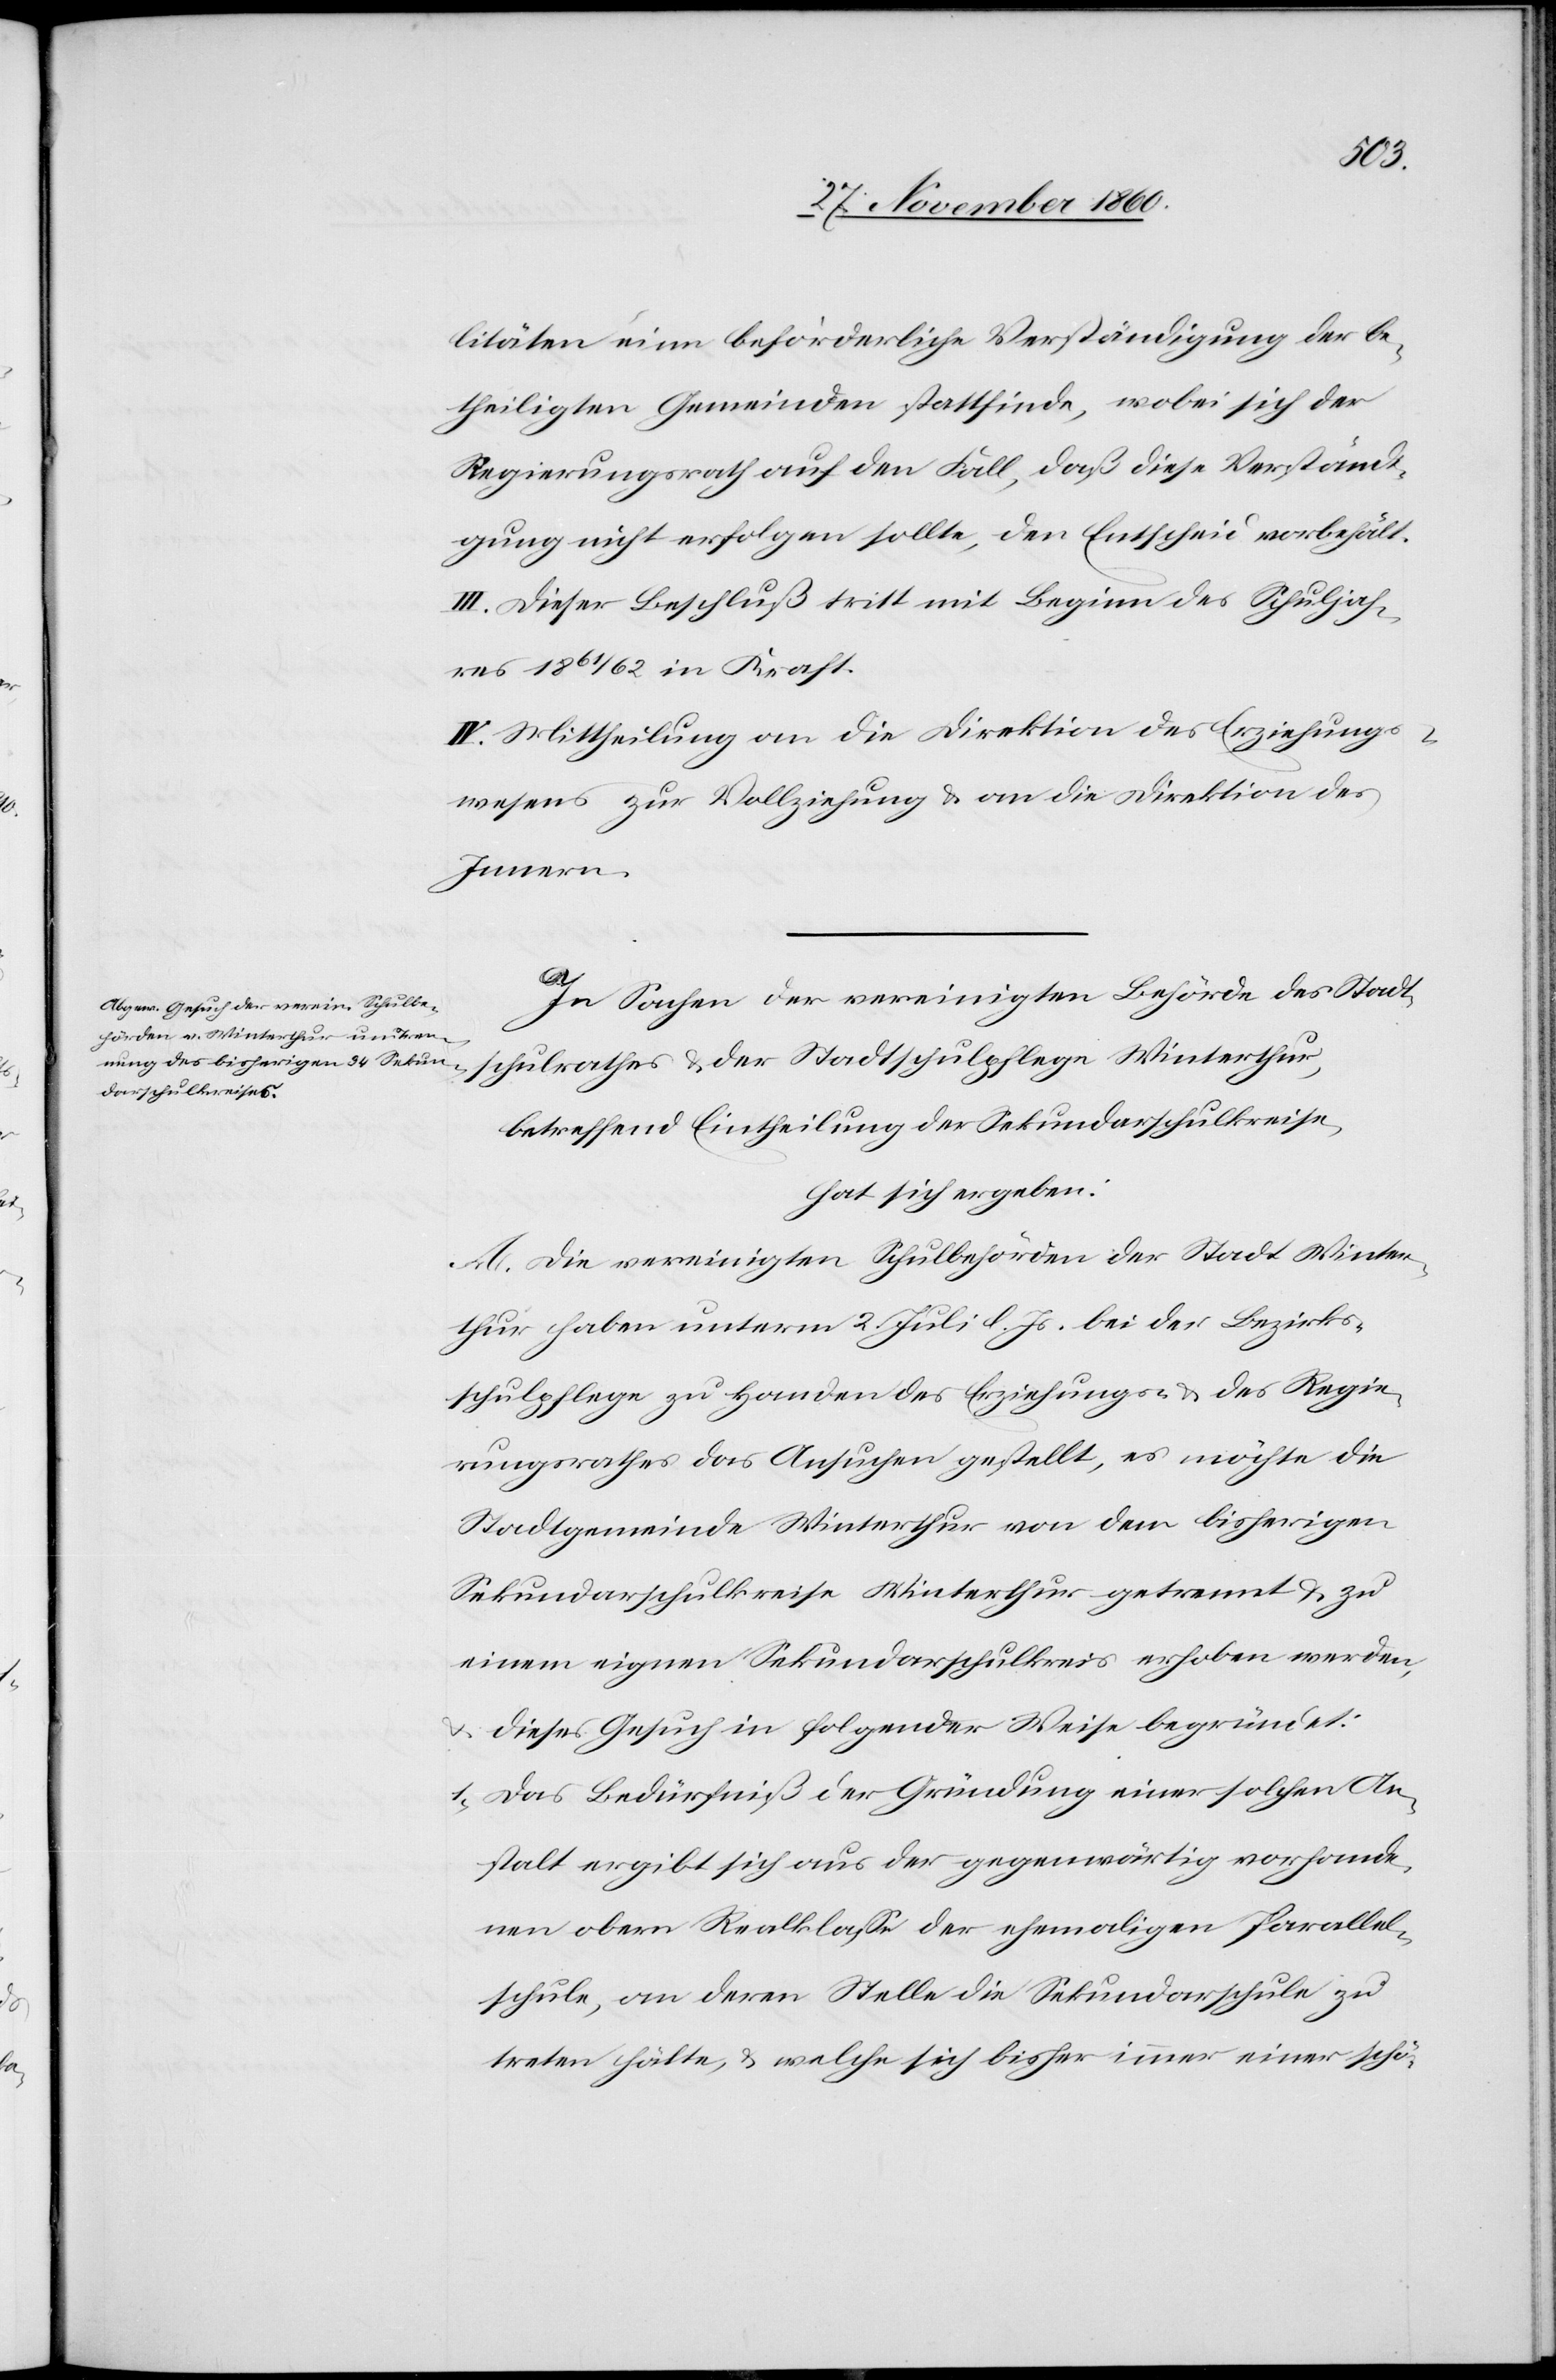
litäten eine beförderliche Verständigung der be¬
theiligten Gemeinden stattfinde, wobei sich der
Regierungsrath auf den Fall, daß diese Verständi¬
gung nicht erfolgen sollte, den Entscheid vorbehält.
III. Dieser Beschluß tritt mit Beginn des Schuljah¬
res 1861/62 in Kraft.
IV. Mittheilung an die Direktion des Erziehungs¬
wesens zur Vollziehung u. an die Direktion des
Innern.
In Sachen der vereinigten Behörde des Stadt¬
schulrathes u. der Stadtschulpflege Winterthur,
betreffend Eintheilung der Sekundarschulkreise,
hat sich ergeben:
A. Die vereinigten Schulbehörden der Stadt Winter¬
thur haben unterm 2. Juli l. Js. bei der Bezirks¬
schulpflege zu Handen des Erziehungs- u. Regie¬
rungsrathes das Ansuchen gestellt, es möchte die
Stadtgemeinde Winterthur von dem bisherigen
Sekundarschulkreise Winterthur getrennt u. zu
einem eigenen Sekundarschulkreis erhoben werden,
u. dieses Gesuch in folgender Weise begründet:
1. Das Bedürfniß der Gründung einer solchen An¬
stalt ergibt sich aus der gegenwärtig vorhande¬
nen obern Realklasse der ehemaligen Parallel¬
schule, an deren Stelle die Sekundarschule zu
treten hätte, u. welche sich bisher immer einer schö-